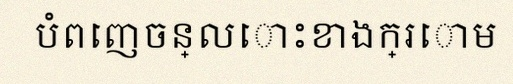
បំពេញចន្លោះខាងក្រោម